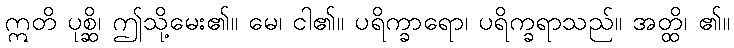
ဣတိ ပုစ္ဆိ၊ ဤသို့မေး၏။ မေ၊ ငါ၏။ ပရိက္ခာရော၊ ပရိက္ခရာသည်။ အတ္ထိ၊ ၏။